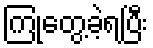
ကြုံတွေ့ခဲ့ရပြီး